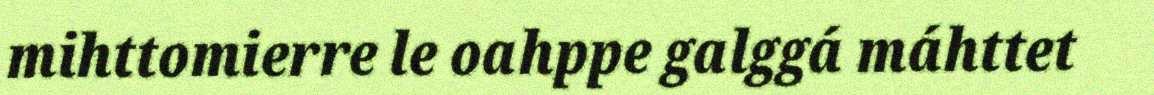
mihttomierre le oahppe galggá máhttet